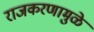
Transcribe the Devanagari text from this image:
राजकरणामुळे